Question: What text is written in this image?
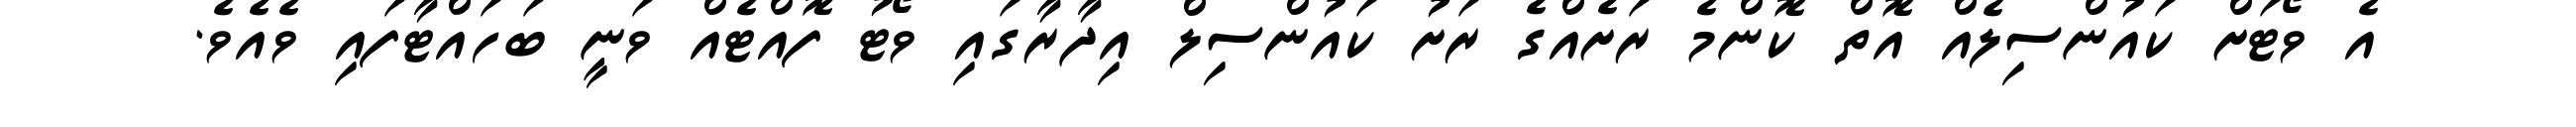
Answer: އެ ވޯޓަށް ކައުންސިލެއް އޮތް ކޮންމެ ރަށެއްގެ ރަށު ކައުންސިލް އިދާރާގައި ވޯޓު ފޮއްޓެއް ވަނީ ބަހައްޓާފައި ވެއެވެ.